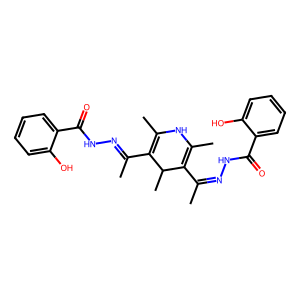
SMILES: CC(=NNC(=O)c1ccccc1O)C1=C(C)NC(C)=C(C(C)=NNC(=O)c2ccccc2O)C1C
Inhibits HIV replication: No